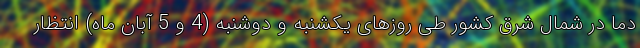
دما در شمال شرق کشور طی روزهای یکشنبه و دوشنبه (4 و 5 آبان ماه) انتظار